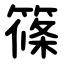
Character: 篠